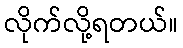
လိုက်လို့ရတယ်။